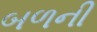
બળની